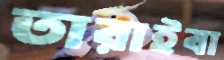
তারাইবা